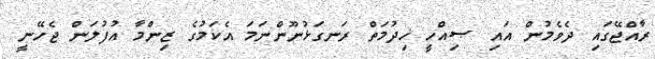
ރާއްޖޭގައި ދެވެމުން އައި ޞިއްހީ ޚިދުމަތް ރަނގަޅުނޫންނަމަ އެކަމުގެ ޒިންމާ އުފުލަން ޖެހޭނީ